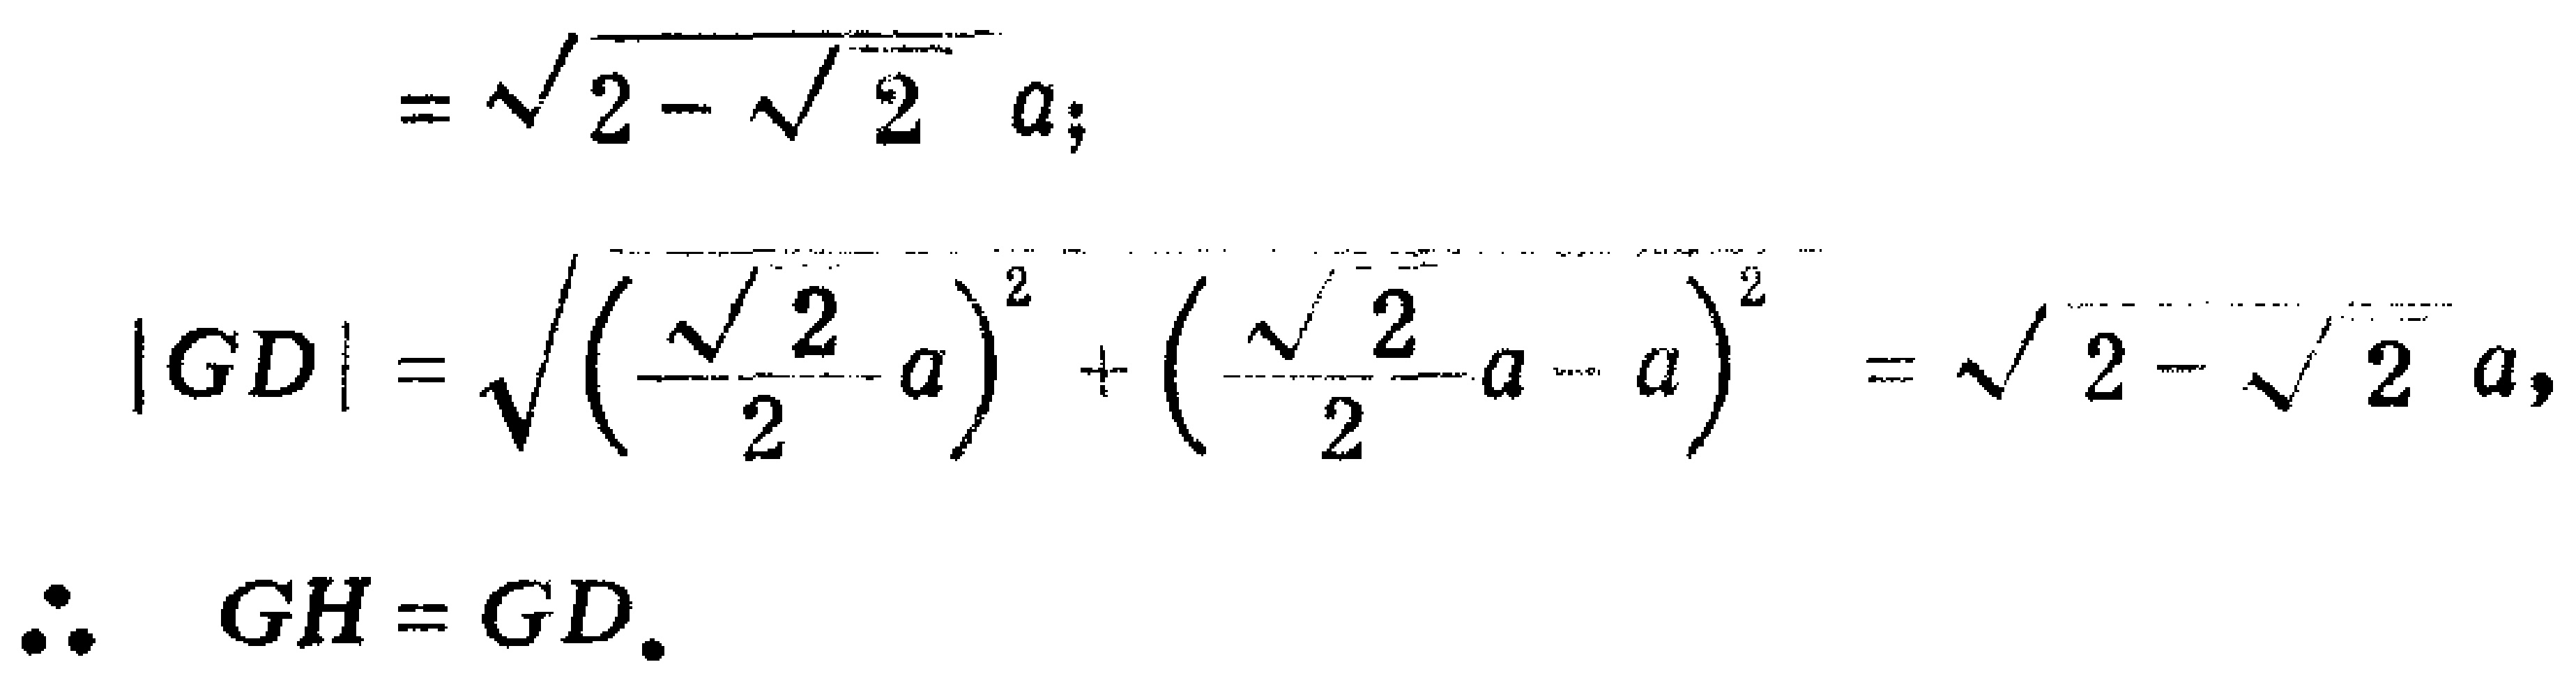
\[

\begin{align*}

&=\sqrt{2 - \sqrt{2}}a;\\

|GD|&=\sqrt{\left(\frac{\sqrt{2}}{2}a\right)^2+\left(\frac{\sqrt{2}}{2}a - a\right)^2}=\sqrt{2 - \sqrt{2}}a,\\

\therefore\quad GH&=GD.

\end{align*}

\]